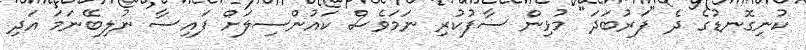
ކުނިގޮނޑުގެ ދެ "ފަރުބަދަ" މުޅިން ސާފުކުރި ނަމަވެސް ކައުންސިލަށް ފައިސާ ނުލިބޭނަމަ އަދި